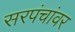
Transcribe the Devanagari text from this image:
सरपंचांवर